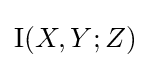
\operatorname {I} (X,Y;Z)